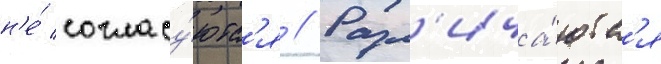
н'е́ согласу́ютс'я // Разл'ича́ютс'я